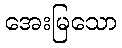
အေးမြသော